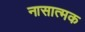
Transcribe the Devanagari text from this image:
नासात्मक